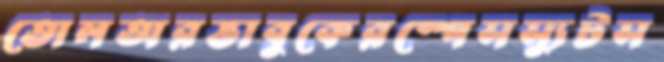
তোলঅরভাবুকেরস্পেসস্যুটস